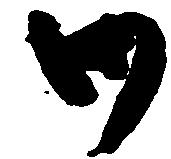
御